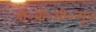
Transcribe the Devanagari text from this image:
बी०बी०सी०न्यूज़